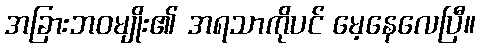
အခြားဘဝမျိုး၏ အရသာကိုပင် မေ့နေလေပြီ။